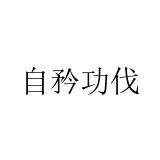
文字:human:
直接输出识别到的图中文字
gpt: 自矜功伐